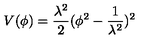
V ( \phi ) = \frac { \lambda ^ { 2 } } { 2 } ( \phi ^ { 2 } - \frac { 1 } { \lambda ^ { 2 } } ) ^ { 2 }